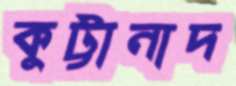
কুট্টানাদ